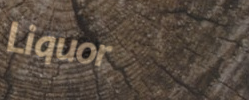
Liquor